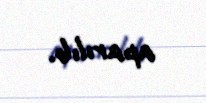
aparılıb.